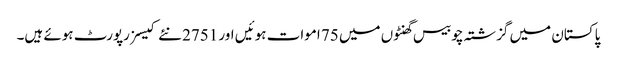
پاکستان میں گزشتہ چوبیس گھنٹوں میں 75 اموات ہوئیں اور 2751 نئے کیسز رپورٹ ہوئے ہیں۔